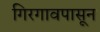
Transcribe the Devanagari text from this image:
गिरगावपासून